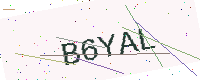
Text: B6YAL